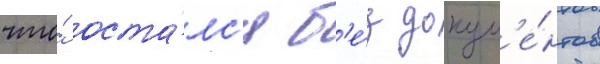
что́ оста́лс'я б'е́з докум'е́нтов